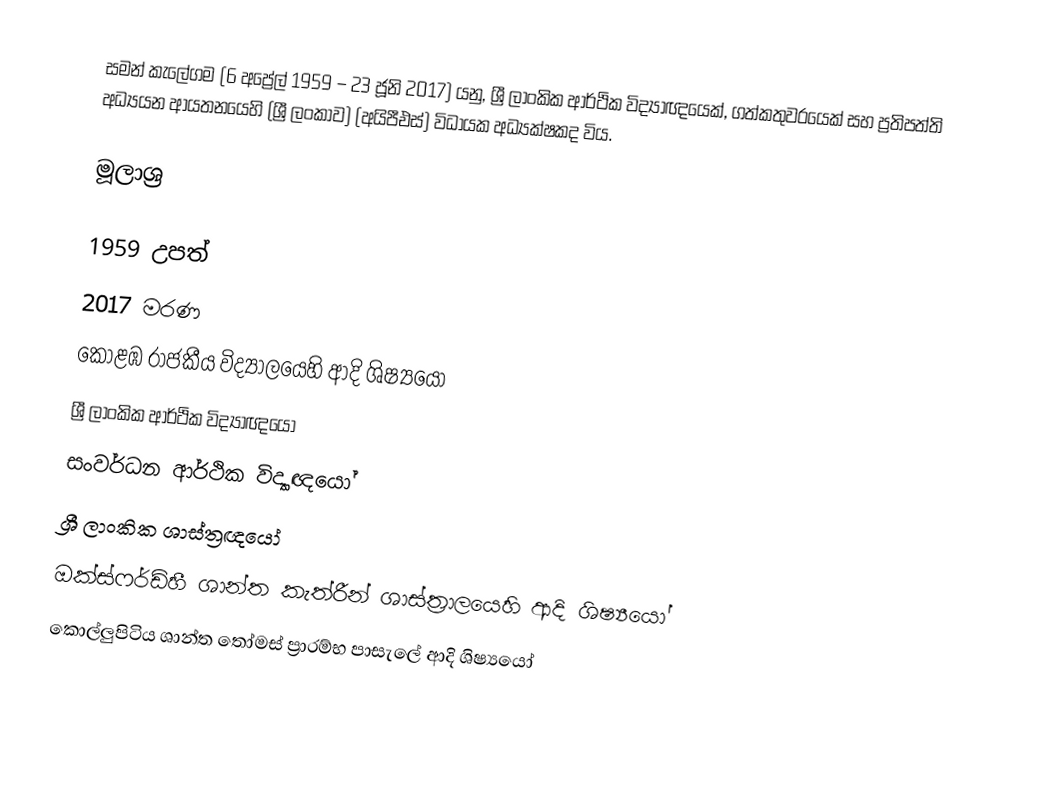
සමන් කැලේගම (6 අප්‍රේල් 1959 – 23 ජූනි 2017) යනු, ශ්‍රී ලාංකික ආර්ථික විද්‍යාඥයෙක්, ගත්කතුවරයෙක් සහ   ප්‍රතිපත්ති අධ්‍යයන ආයතනයෙහි (ශ්‍රී ලංකාව) (අයිපීඑස්) විධායක අධ්‍යක්ෂකද විය.

මූලාශ්‍ර

1959 උපත්
2017 මරණ
කොළඹ රාජකීය විද්‍යාලයෙහි ආදි ශිෂ්‍යයෝ
ශ්‍රී ලාංකික ආර්ථික විද්‍යාඥයෝ
සංවර්ධන ආර්ථික විද්‍යාඥයෝ
ශ්‍රී ලාංකික  ශාස්ත්‍රඥයෝ
ඔක්ස්ෆර්ඩ්හී ශාන්ත කැත්රීන් ශාස්ත්‍රාලයෙහි ආදි ශිෂ්‍යයෝ
කොල්ලුපිටිය ශාන්ත තෝමස් ප්‍රාරම්භ පාසැලේ ආදි ශිෂ්‍යයෝ